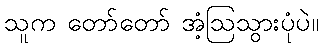
သူက တော်တော် အံ့ဩသွားပုံပဲ။